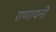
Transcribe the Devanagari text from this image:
राणायनी